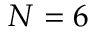
N = 6